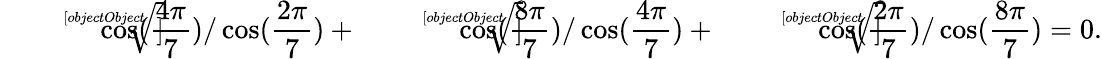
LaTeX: {\sqrt[[objectObject]]{\cos({\frac{4\pi}{7}})/\cos({\frac{2\pi}{7}})}}+{\sqrt[[objectObject]]{\cos({\frac{8\pi}{7}})/\cos({\frac{4\pi}{7}})}}+{\sqrt[[objectObject]]{\cos({\frac{2\pi}{7}})/\cos({\frac{8\pi}{7}})}}=0.